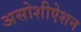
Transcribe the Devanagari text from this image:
असोशीऐशन